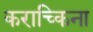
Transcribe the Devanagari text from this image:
कराच्किना